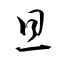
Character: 旦